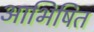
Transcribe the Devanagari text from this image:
आभिषित